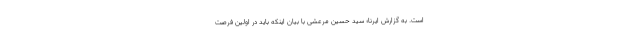
است. به گزارش ایرنا؛ سید حسین مرعشی با بیان اینکه باید در اولین فرصت